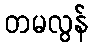
တမလွန်